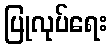
ပြုလုပ်ရေး